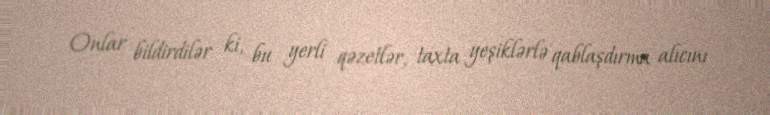
Onlar bildirdilər ki, bu yerli qəzetlər, taxta yeşiklərlə qablaşdırma alıcını